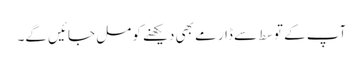
آپ کے توسط سے ڈارمے بھی دیکھنے کو مل جائیں گے۔